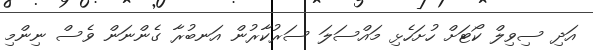
އަދި ސިވިލް ކޯޓަށް ހުށަހެޅި މައްސަލަ ސަރުކާރުން އަނބުރާ ގެންނަން ވެސް ނިންމި